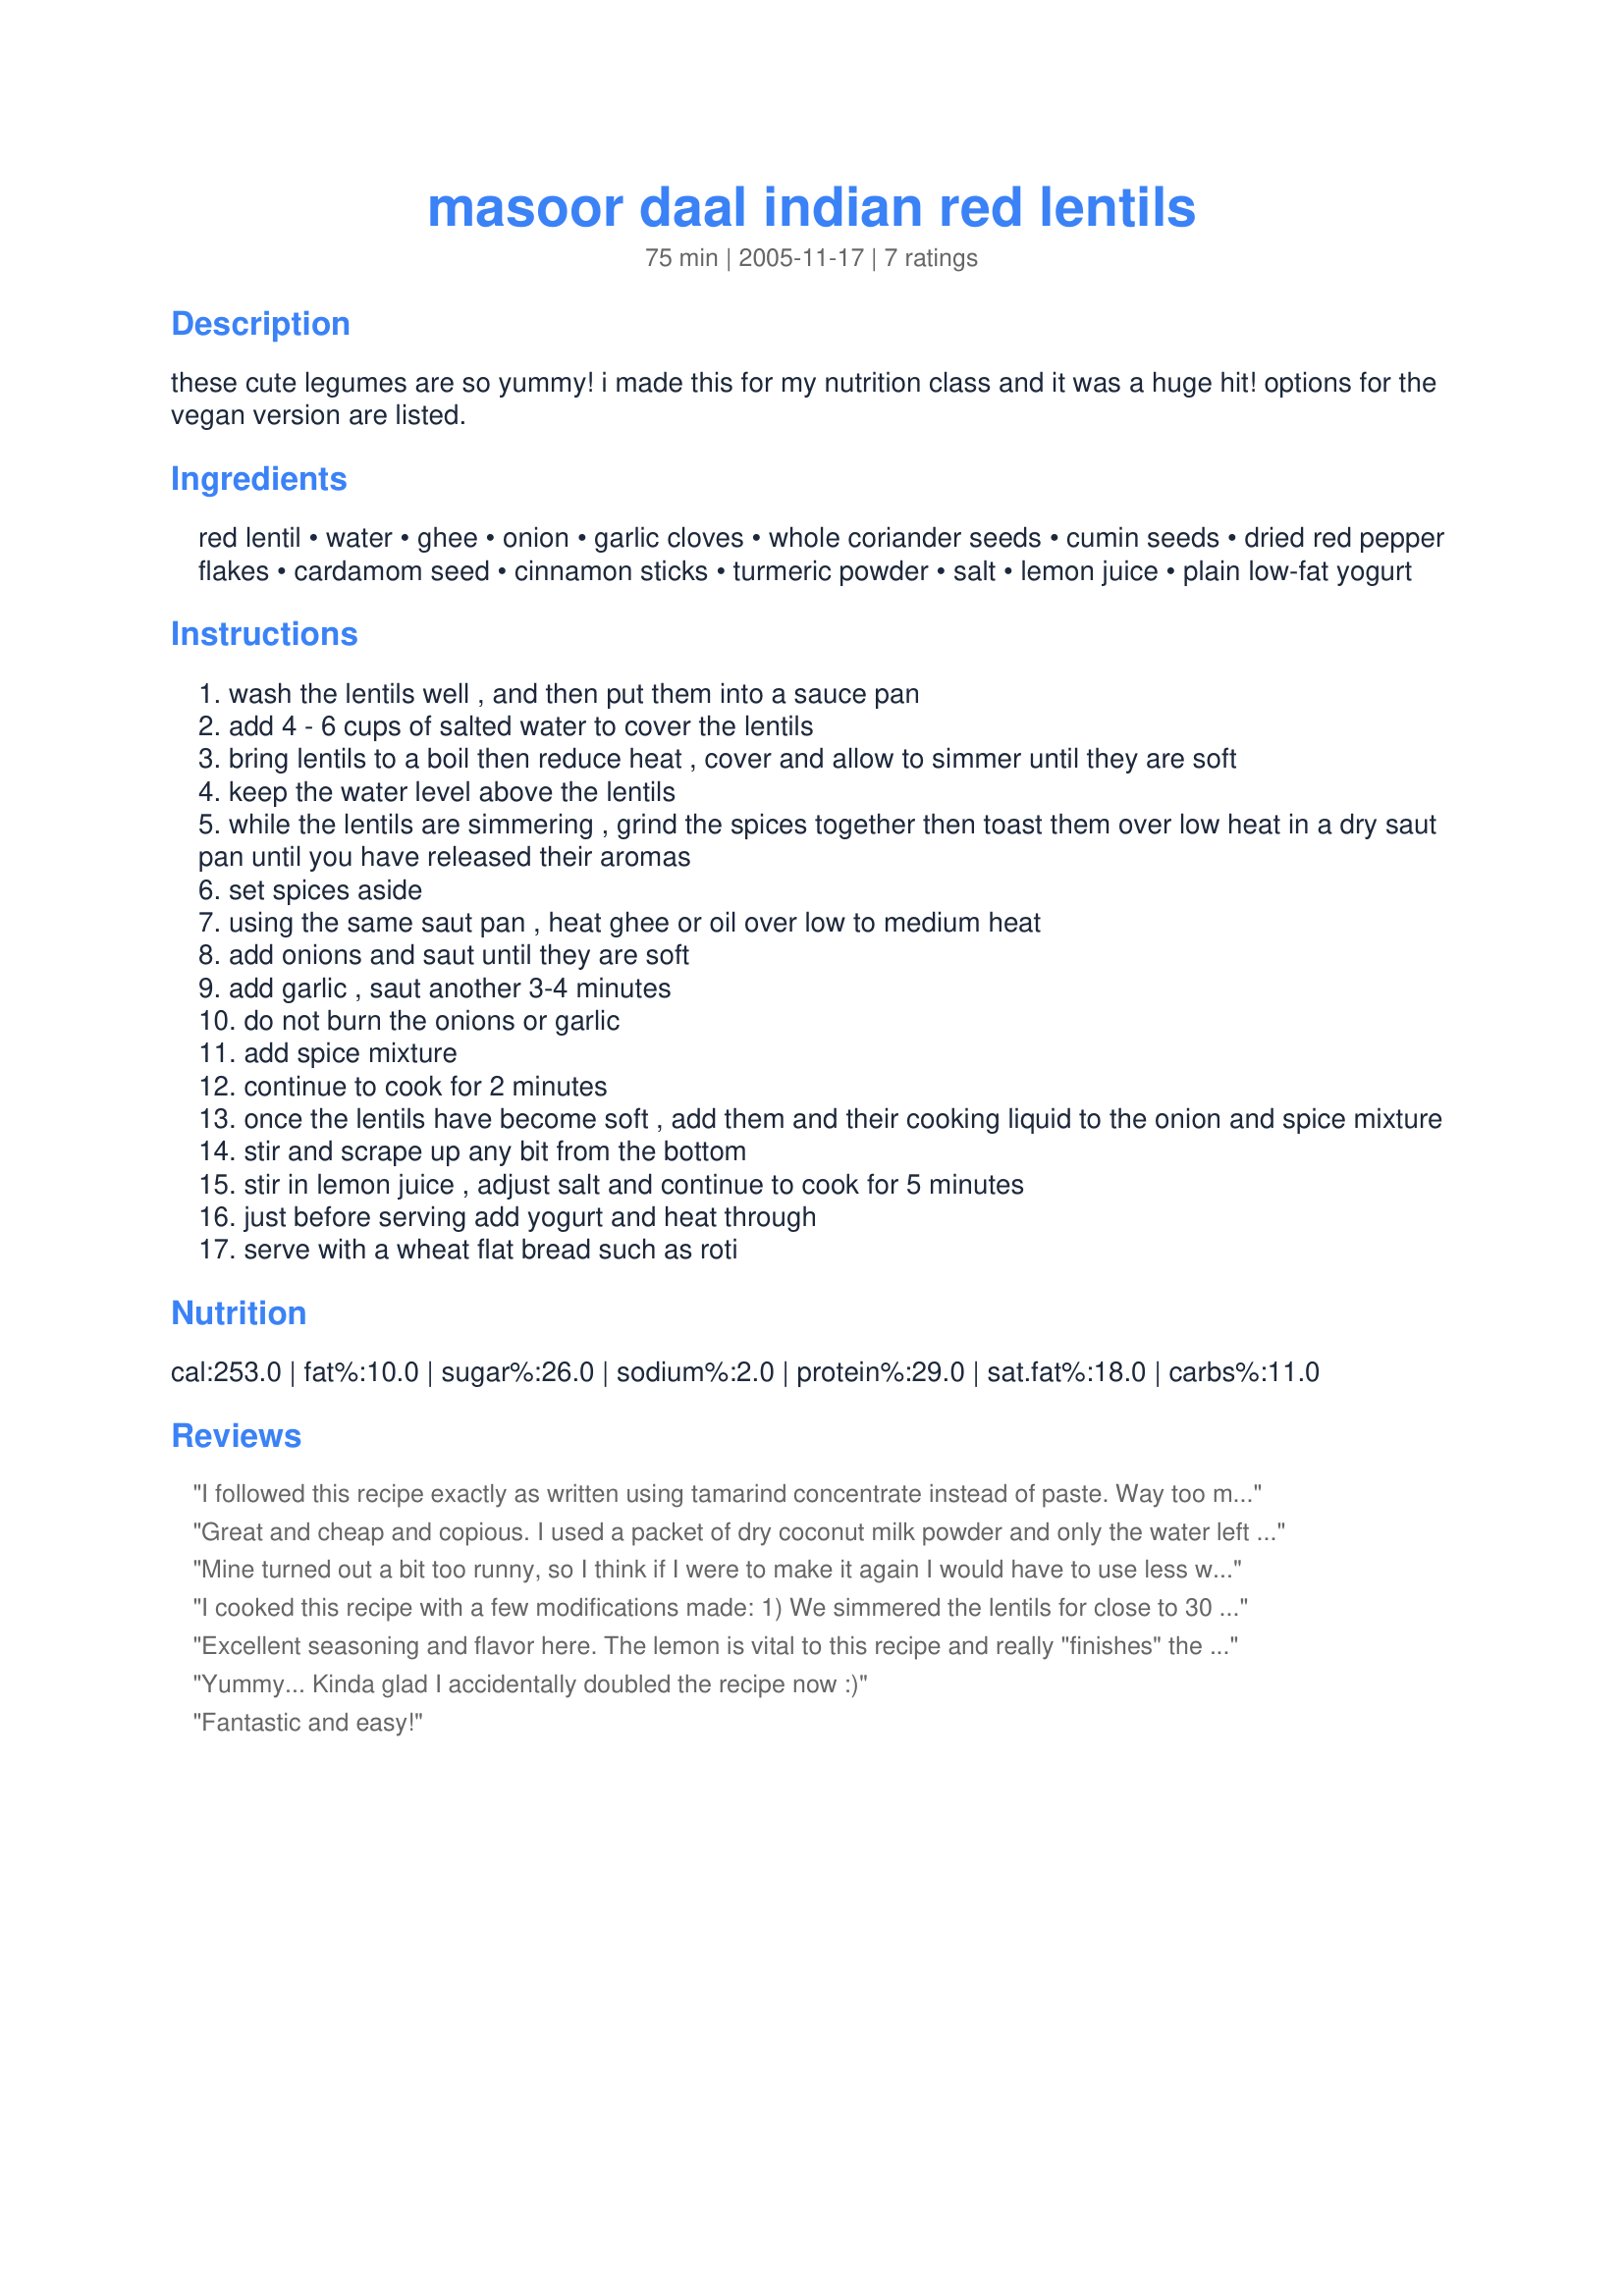
masoor daal indian red lentils
Preparation time: 75 minutes

these cute legumes are so yummy! i made this for my nutrition class and it was a huge hit! options for the vegan version are listed.

Ingredients:
red lentil, water, ghee, onion, garlic cloves, whole coriander seeds, cumin seeds, dried red pepper flakes, cardamom seed, cinnamon sticks, turmeric powder, salt, lemon juice, plain low-fat yogurt

Steps:
wash the lentils well , and then put them into a sauce pan
add 4 - 6 cups of salted water to cover the lentils
bring lentils to a boil then reduce heat , cover and allow to simmer until they are soft
keep the water level above the lentils
while the lentils are simmering , grind the spices together then toast them over low heat in a dry saut pan until you have released their aromas
set spices aside
using the same saut pan , heat ghee or oil over low to medium heat
add onions and saut until they are soft
add garlic , saut another 3-4 minutes
do not burn the onions or garlic
add spice mixture
continue to cook for 2 minutes
once the lentils have become soft , add them and their cooking liquid to the onion and spice mixture
stir and scrape up any bit from the bottom
stir in lemon juice , adjust salt and continue to cook for 5 minutes
just before serving add yogurt and heat through
serve with a wheat flat bread such as roti

Reviews:
I followed this recipe exactly as written using tamarind concentrate instead of paste. Way too much cinnamon, it overpowed the entire dish. I will try using maybe half the cinnamon.
Great and cheap and copious. I used a packet of dry coconut milk powder and only the water left from cooking the lentil. 400 gr dry red lentils and about 5 cups water.

Toasting the spices is essential and you can use more if you like.

I had only powdered versions of all the spices but I still used the mortar and pestle on them and toasted them.

I think the lemon juice is also necessary and I almost forgot it at the end, it really adds something.

Served with basmati, roast chicken pieces and sweet mango chutney.

The house smells terrific.
Mine turned out a bit too runny, so I think if I were to make it again I would have to use less water (I am new to cooking lentils). The flavour was really nice though, I also only had powdered spices, but I still ground them and still toasted them and the flavour was still great. The lemon juice is definately needed for the acidity. I used yoghurt, but it didn't blend well, so I would also use a more creamy, greek style yoghurt (without artificial thickeners) so it doesn't curdle. I ate it with rice and roti bread, which was yummy.
I cooked this recipe with a few modifications made:

1) We simmered the lentils for close to 30 minutes (as opposed to 5 minutes) for a creamy consistency.

2) We chopped a serrano pepper rather than using the red pepper flakes recommended.

3) We used half again as many lentils.

The result was absolutely delicious!
Excellent seasoning and flavor here. The lemon is vital to this recipe and really "finishes" the flavor profile. It made a great lunch and I would certainly make this again.
Yummy... Kinda glad I accidentally doubled the recipe now :)
Fantastic and easy!
